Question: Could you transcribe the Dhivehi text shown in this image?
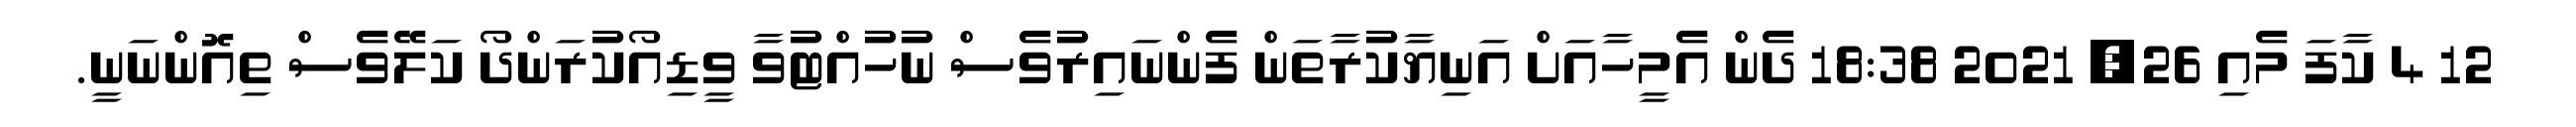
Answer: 12 4 ކާފަ މެއި 26, 2021 18:38 ދެން އެމީހާއަށް އަނިޔާކުރާތަން ފެންނައިރުވެސް ނުހުއްޓުވާ ވީޑިއޯކުރަންދޯ ކަލޭވެސް ތިއޮންނަނީ.